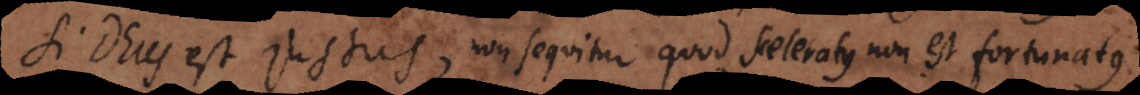
Si Deus est justus, non sequitur quod sceleratus non est fortunatus